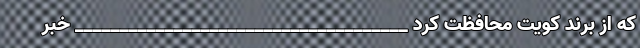
که از برند کویت محافظت کرد _____________________________________ خبر